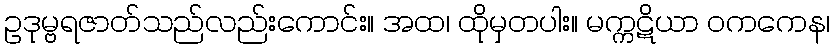
ဥဒုမ္ဗရဇာတ်သည်လည်းကောင်း။ အထ၊ ထိုမှတပါး။ မက္ကဋိယာ ဝကကေန၊